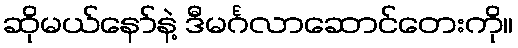
ဆိုမယ်နော်နဲ့ ဒီမင်္ဂလာဆောင်တေးကို။